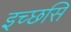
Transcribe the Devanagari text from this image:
इच्छसि